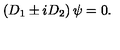
\left( D _ { 1 } \pm i D _ { 2 } \right) \psi = 0 .